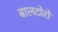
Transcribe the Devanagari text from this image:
बालटोरो